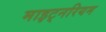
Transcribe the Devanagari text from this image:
माइट्नरियम